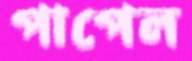
পাপেল